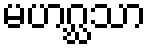
မဟဂ္ဃသာ